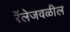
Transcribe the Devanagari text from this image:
रॅलेजवळील